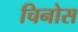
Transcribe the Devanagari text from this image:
चिनोस